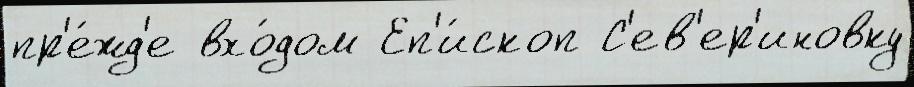
пр'е́жд'е вхо́дом Еп'и́скоп С'ев'ер'иновку